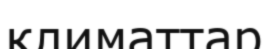
климаттар